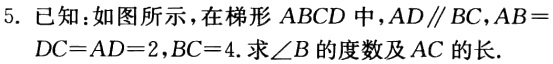
5. 已知：如图所示，在梯形 \(ABCD\) 中，\(AD\parallel BC\)，\(AB = DC = AD = 2\)，\(BC = 4\). 求\(\angle B\)的度数及 \(AC\)的长.